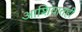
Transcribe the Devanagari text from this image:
आशियातही